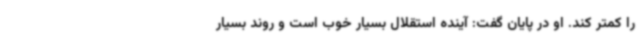
را کمتر کند. او در پایان گفت: آینده استقلال بسیار خوب است و روند بسیار